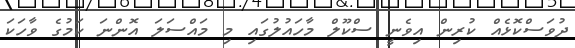
ދުވަސްކޮޅެއް ކުރިން އިވެނީ ސްކޫލް މާހައުލުގައި މި މައްސަލަ އޮންނަ ކަމުގެ ވާހަކަ